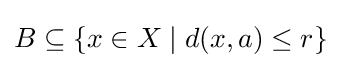
B\subseteq \{x\in X\mid d(x,a)\leq r\}